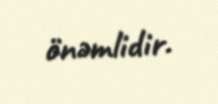
önəmlidir.